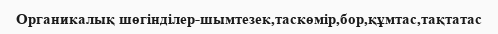
Органикалық шөгінділер-шымтезек,таскөмір,бор,құмтас,тақтатас